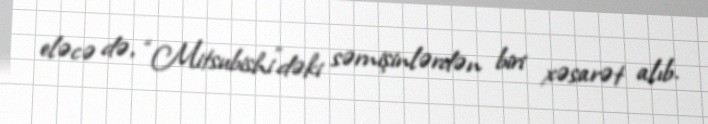
eləcə də, “Mitsubishi”dəki sərnişinlərdən biri xəsarət alıb.